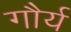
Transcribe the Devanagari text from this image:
गौर्य